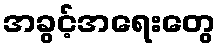
အခွင့်အရေးတွေ